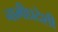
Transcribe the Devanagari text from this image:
नाभीप्रदेशी